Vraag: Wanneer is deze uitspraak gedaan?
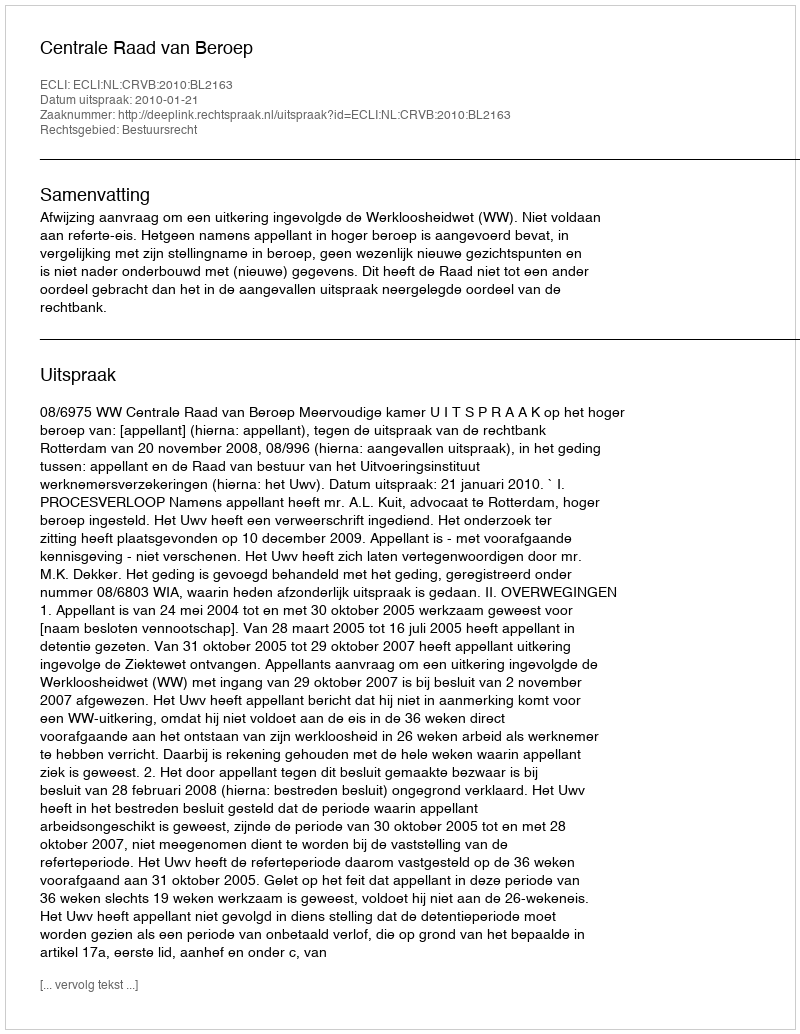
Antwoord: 2010-01-21